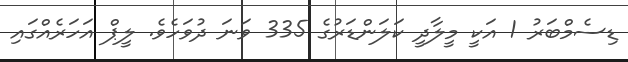
ޑިސެމްބަރު 1 އަކީ މީލާދީ ކަލަންޑަރުގެ 335 ވަނަ ދުވަހެވެ. ލީޕް އަހަރެއްގައި